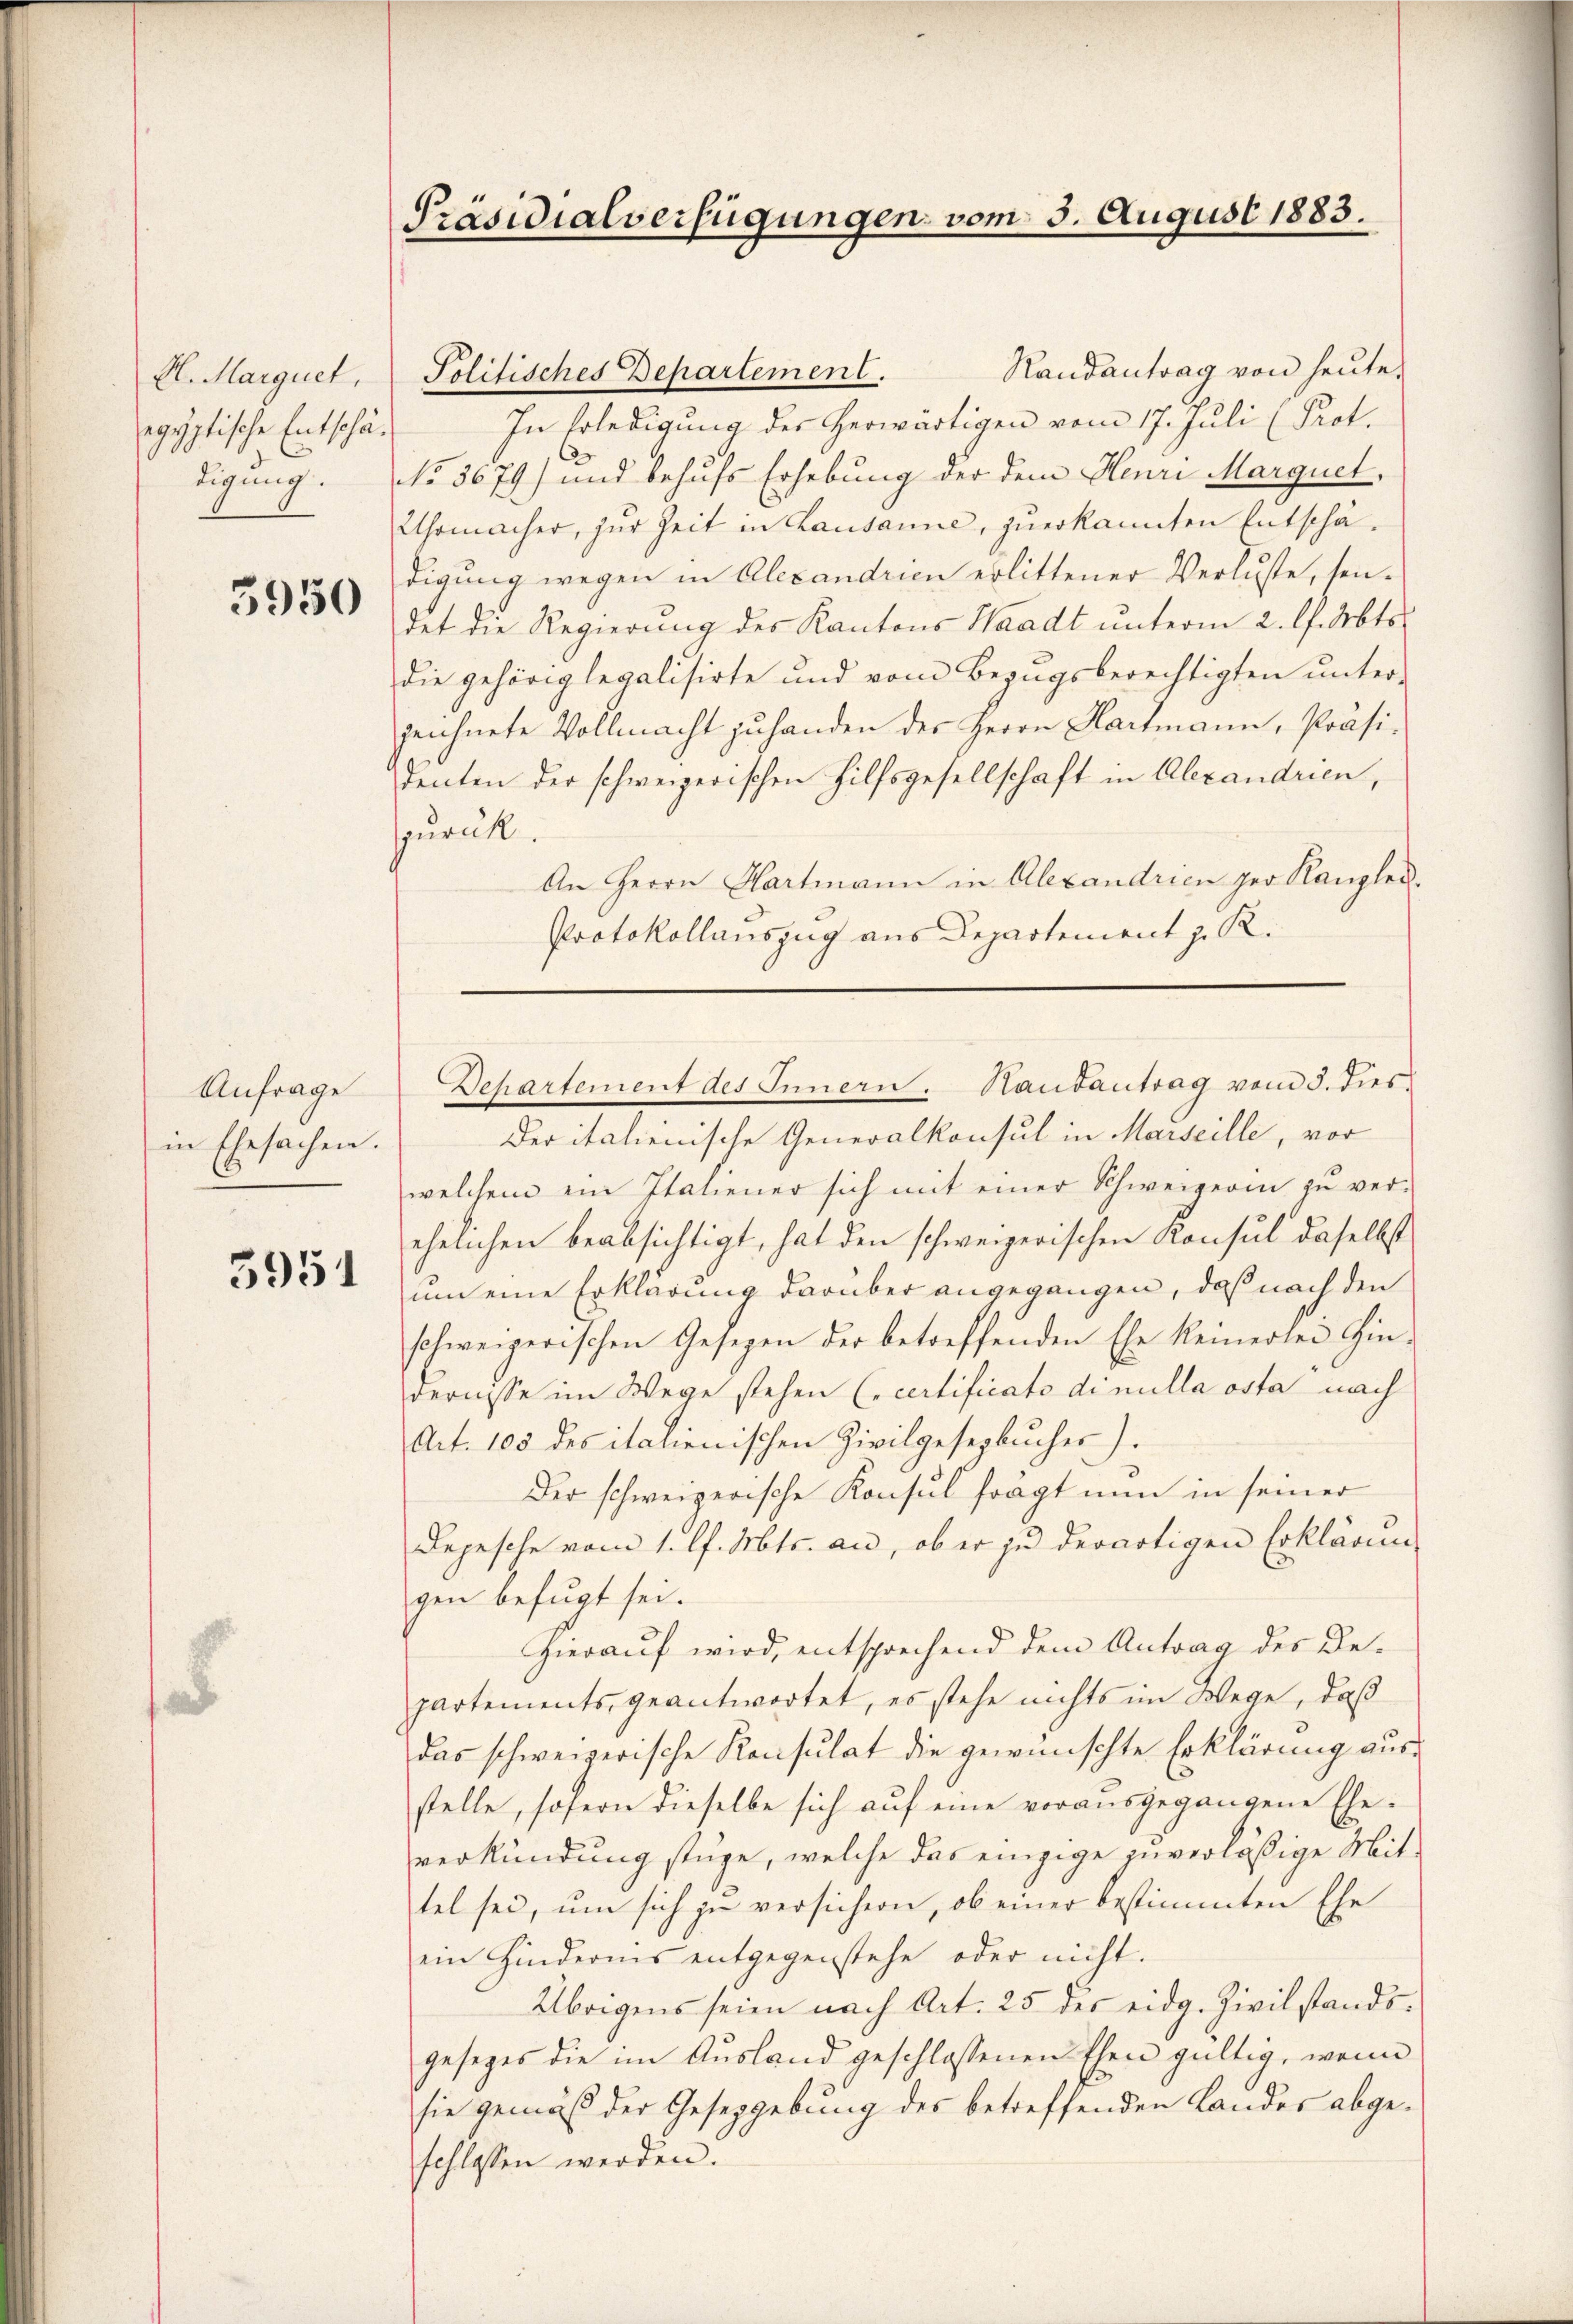
El. Marquet,
egyptische Entschädigung.

3950

Anfrage
in Ehesachen.

3951

Präsidialverfügungen vom 3. August 1883.

Randantrag von heute.
Politisches Departement.
In Erledigung der herwärtigen vom 17. Juli (Prof.
No 3679) und behufs Erhebung der dem Henri Marguel,
Uhrmacher, zur Zeit in Lausanne, zuerkannten Entschädigung wegen in Alexandrien erlittener Verluste, sendet die Regierung des Kantons Waadt unterm 2. l. Mts.
die gehörig legalisirte und vom Bezugsberechtigten unter-
zeichnete Vollmacht zuhanden des Herrn Hartmann, Präsidenten der schweizerischen Hilfsgesellschaft in Alexandrien,
nrück.
An Herrn Hartmann in Alexandrien zur Kanzlei¬
Protokollauszug aus Departement z. R.

Departement des Innern. Handantrag vom 3. dies.

Der italienische Generalkonsul in Marseille, vor
welchem ein Italiener sich mit einer Schweizerin zŭ ver-
ehelichen beabsichtigt, hat den schweizerischen Konsul daselbst
um eine Erklärung darüber angegangen, daß nach den
schweizerischen Gesezen der betreffenden Ehe keinerlei Hin-
vernisse im Wege stehen (certificato dinulla osta nach
Art. 103 des italienischen Zivilgesezbucher).
Der schweizerische Konsul fragt nun in seiner
Depesche vom 1. l. Mts. an, ob er zu derartigen Erklärung
gen befugt sei.
Hierauf wird, entsprechend dem Antrag des Departements geantwortet, es stehe nichts im Wege, daß
das schweizerische Konsulat die gewünschte Erklärung ausstelle, sofern dieselbe sich aŭf eine vorausgegangene Ehe-
verkündung stüge, welche das einzige zuverlässige Mittel sei, um sich zu versichern, ob einer bestimmten Ehe
ein Hindernis entgegenstehe oder nicht.
Übrigens seien nach Art. 25 des eidg. Zivilstands-
geseges die im Ausland geschlossenen Ehen gültig, wenn
sie gemäß der Gesetzgebung des betreffenden Landes abgeschlossen werden.